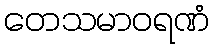
တေသမာဝရဏံ